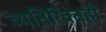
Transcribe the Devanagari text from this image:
व्यतिरिक्तही